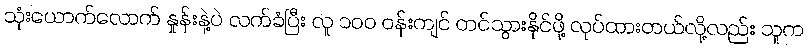
သုံးယောက်လောက် နှုန်းနဲ့ပဲ လက်ခံပြီး လူ ၁၀၀ ဝန်းကျင် တင်သွားနိုင်ဖို့ လုပ်ထားတယ်လို့လည်း သူက